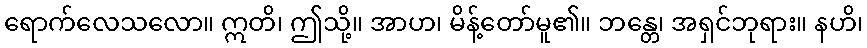
ရောက်လေသလော။ ဣတိ၊ ဤသို့။ အာဟ၊ မိန့်တော်မူ၏။ ဘန္တေ၊ အရှင်ဘုရား။ နဟိ၊